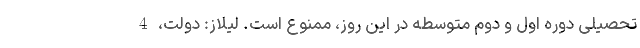
تحصیلی دوره اول و دوم متوسطه در این روز، ممنوع است. لیلاز: دولت، 4